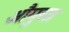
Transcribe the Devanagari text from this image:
औगुस्त